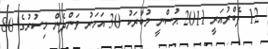
12 ފެބްރުއަރީ 2011 ޙުސްނީ މުބާރަކު 30 އަހަރު ވަންދެން މިސުރުގެ 80